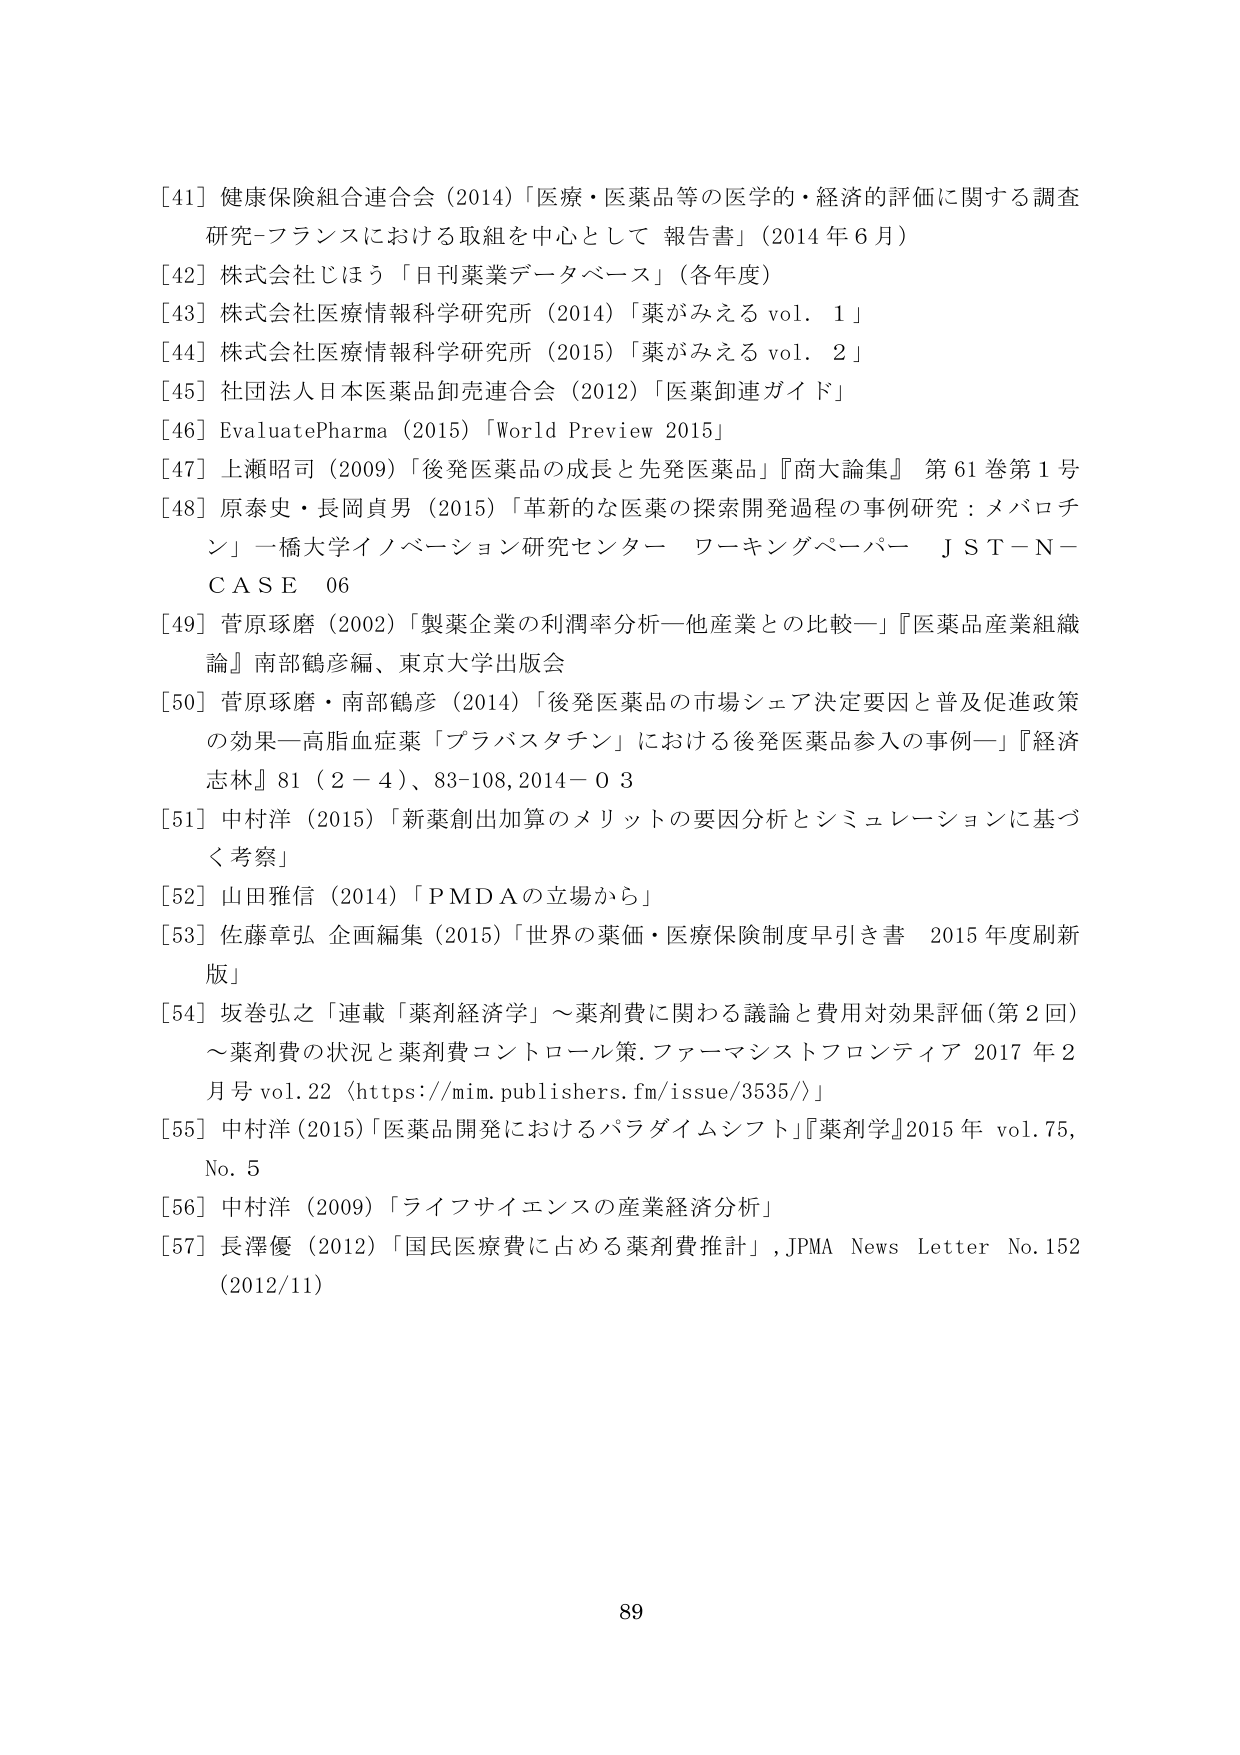
[41] 健康保険組合連合会（2014）「医療・医薬品等の医学的・経済的評価に関する調査研究－フランスにおける取組を中心として 報告書」（2014年6月）

[42] 株式会社じほう「日刊薬業データベース」（各年度）

[43] 株式会社医療情報科学研究所（2014）「薬がみえる vol. 1」

[44] 株式会社医療情報科学研究所（2015）「薬がみえる vol. 2」

[45] 社団法人日本医薬品卸売連合会（2012）「医薬卸連ガイド」

[46] EvaluatePharma（2015）「World Preview 2015」

[47] 上瀬昭司（2009）「後発医薬品の成長と先発医薬品」『商大論集』 第61巻第1号

[48] 原泰史・長岡貞男（2015）「革新的な医薬の探索開発過程の事例研究：メバロチン」一橋大学イノベーション研究センター ワーキングペーパー JST-N-CASE 06

[49] 菅原琢磨（2002）「製薬企業の利潤率分析—他産業との比較—」『医薬品産業組織論』南部鶴彦編、東京大学出版会

[50] 菅原琢磨・南部鶴彦（2014）「後発医薬品の市場シェア決定要因と普及促進政策の効果—高脂血症薬「プラバスタチン」における後発医薬品参入の事例—」『経済志林』81（2－4）、83-108, 2014－03

[51] 中村洋（2015）「新薬創出加算のメリットの要因分析とシミュレーションに基づく考察」

[52] 山田雅信（2014）「PMDAの立場から」

[53] 佐藤章弘 企画編集（2015）「世界の薬価・医療保険制度早引き書 2015年度刷新版」

[54] 坂巻功之「連載「薬剤経済学」～薬剤費に関わる議論と費用対効果評価（第2回）～薬剤費の状況と薬剤費コントロール策. ファーマシストフロンティア 2017年2月号 vol.22（https://mim.publishers.fm/issue/3535/）」

[55] 中村洋（2015）「医薬品開発におけるパラダイムシフト」『薬剤学』2015年 vol.75, No.5

[56] 中村洋（2009）「ライフサイエンスの産業経済分析」

[57] 長澤優（2012）「国民医療費に占める薬剤費推計」, JPMA News Letter No.152（2012/11）

89